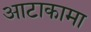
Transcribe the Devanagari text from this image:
आटाकामा